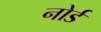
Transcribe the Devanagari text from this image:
नोर्ड